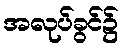
အလုပ်ခွင်၌